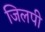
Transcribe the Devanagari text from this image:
जिलपी